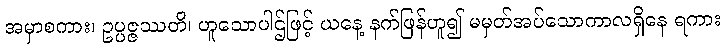
အမှာစကား၊ ဥပ္ပဇ္ဇဿတိ၊ ဟူသောပါဌ်ဖြင့် ယနေ့ နက်ဖြန်ဟူ၍ မမှတ်အပ်သောကာလရှိနေ ရကား